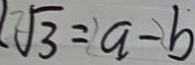
\sqrt { 3 } = a - b